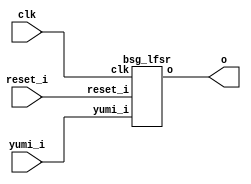


module top
(
  clk,
  reset_i,
  yumi_i,
  o
);

  output [31:0] o;
  input clk;
  input reset_i;
  input yumi_i;

  bsg_lfsr
  wrapper
  (
    .o(o),
    .clk(clk),
    .reset_i(reset_i),
    .yumi_i(yumi_i)
  );


endmodule



module bsg_lfsr
(
  clk,
  reset_i,
  yumi_i,
  o
);

  output [31:0] o;
  input clk;
  input reset_i;
  input yumi_i;
  wire N0,N1,N2,N3,N4,N5,N6,N7,N8,N9,N10,N11,N12,N13,N14,N15,N16,N17,N18,N19,N20,N21,
  N22,N23,N24,N25,N26,N27,N28,N29,N30,N31,N32,N33,N34,N35,N36,N37,N38,N39,N40,N41,
  N42,N43,N44,N45,N46,N47,N48,N49,N50,N51,N52,N53,N54,N55,N56,N57,N58,N59,N60,N61,
  N62,N63,N64,N65,N66,N67,N68;
  wire [31:0] o_n;
  reg [31:0] o;
  assign N3 = (N0)? 1'b1 : 
              (N37)? 1'b1 : 
              (N2)? 1'b0 : 1'b0;
  assign N0 = reset_i;
  assign { N35, N34, N33, N32, N31, N30, N29, N28, N27, N26, N25, N24, N23, N22, N21, N20, N19, N18, N17, N16, N15, N14, N13, N12, N11, N10, N9, N8, N7, N6, N5, N4 } = (N0)? { 1'b0, 1'b0, 1'b0, 1'b0, 1'b0, 1'b0, 1'b0, 1'b0, 1'b0, 1'b0, 1'b0, 1'b0, 1'b0, 1'b0, 1'b0, 1'b0, 1'b0, 1'b0, 1'b0, 1'b0, 1'b0, 1'b0, 1'b0, 1'b0, 1'b0, 1'b0, 1'b0, 1'b0, 1'b0, 1'b0, 1'b0, 1'b1 } : 
                                                                                                                                                                        (N37)? o_n : 1'b0;
  assign N1 = yumi_i | reset_i;
  assign N2 = ~N1;
  assign N36 = ~reset_i;
  assign N37 = yumi_i & N36;
  assign o_n[31] = o[0] & 1'b1;
  assign o_n[30] = o[31] ^ N38;
  assign N38 = o[0] & 1'b0;
  assign o_n[29] = o[30] ^ N39;
  assign N39 = o[0] & 1'b1;
  assign o_n[28] = o[29] ^ N40;
  assign N40 = o[0] & 1'b0;
  assign o_n[27] = o[28] ^ N41;
  assign N41 = o[0] & 1'b0;
  assign o_n[26] = o[27] ^ N42;
  assign N42 = o[0] & 1'b1;
  assign o_n[25] = o[26] ^ N43;
  assign N43 = o[0] & 1'b1;
  assign o_n[24] = o[25] ^ N44;
  assign N44 = o[0] & 1'b0;
  assign o_n[23] = o[24] ^ N45;
  assign N45 = o[0] & 1'b0;
  assign o_n[22] = o[23] ^ N46;
  assign N46 = o[0] & 1'b0;
  assign o_n[21] = o[22] ^ N47;
  assign N47 = o[0] & 1'b0;
  assign o_n[20] = o[21] ^ N48;
  assign N48 = o[0] & 1'b0;
  assign o_n[19] = o[20] ^ N49;
  assign N49 = o[0] & 1'b0;
  assign o_n[18] = o[19] ^ N50;
  assign N50 = o[0] & 1'b0;
  assign o_n[17] = o[18] ^ N51;
  assign N51 = o[0] & 1'b0;
  assign o_n[16] = o[17] ^ N52;
  assign N52 = o[0] & 1'b0;
  assign o_n[15] = o[16] ^ N53;
  assign N53 = o[0] & 1'b0;
  assign o_n[14] = o[15] ^ N54;
  assign N54 = o[0] & 1'b0;
  assign o_n[13] = o[14] ^ N55;
  assign N55 = o[0] & 1'b0;
  assign o_n[12] = o[13] ^ N56;
  assign N56 = o[0] & 1'b0;
  assign o_n[11] = o[12] ^ N57;
  assign N57 = o[0] & 1'b0;
  assign o_n[10] = o[11] ^ N58;
  assign N58 = o[0] & 1'b0;
  assign o_n[9] = o[10] ^ N59;
  assign N59 = o[0] & 1'b0;
  assign o_n[8] = o[9] ^ N60;
  assign N60 = o[0] & 1'b0;
  assign o_n[7] = o[8] ^ N61;
  assign N61 = o[0] & 1'b0;
  assign o_n[6] = o[7] ^ N62;
  assign N62 = o[0] & 1'b0;
  assign o_n[5] = o[6] ^ N63;
  assign N63 = o[0] & 1'b0;
  assign o_n[4] = o[5] ^ N64;
  assign N64 = o[0] & 1'b0;
  assign o_n[3] = o[4] ^ N65;
  assign N65 = o[0] & 1'b0;
  assign o_n[2] = o[3] ^ N66;
  assign N66 = o[0] & 1'b0;
  assign o_n[1] = o[2] ^ N67;
  assign N67 = o[0] & 1'b0;
  assign o_n[0] = o[1] ^ N68;
  assign N68 = o[0] & 1'b0;

  always @(posedge clk) begin
    if(N3) begin
      { o[31:0] } <= { N35, N34, N33, N32, N31, N30, N29, N28, N27, N26, N25, N24, N23, N22, N21, N20, N19, N18, N17, N16, N15, N14, N13, N12, N11, N10, N9, N8, N7, N6, N5, N4 };
    end 
  end


endmodule